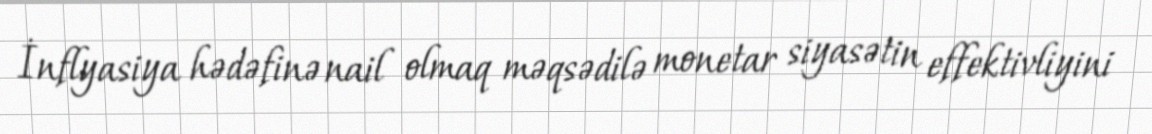
İnflyasiya hədəfinə nail olmaq məqsədilə monetar siyasətin effektivliyini